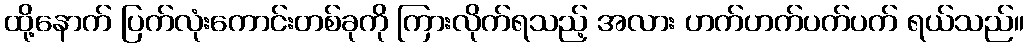
ထို့နောက် ပြက်လုံးကောင်းတစ်ခုကို ကြားလိုက်ရသည့် အလား ဟက်ဟက်ပက်ပက် ရယ်သည်။